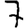
Digit: 7